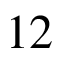
1 2